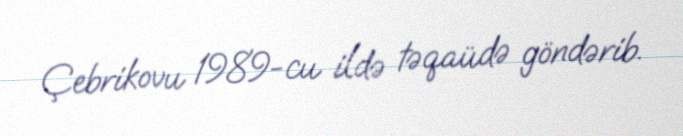
Çebrikovu 1989-cu ildə təqaüdə göndərib.